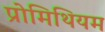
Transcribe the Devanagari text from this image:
प्रोमिथियम